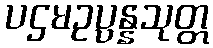
ပဌမဥပ္ပန္နသုတ္တ